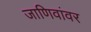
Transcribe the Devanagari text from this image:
जाणिवांवर